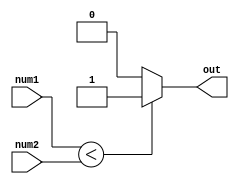
module less_than_comparator(
    input signed [7:0] num1,
    input signed [7:0] num2,
    output reg out
);

always @(*) begin
    if(num1 < num2) begin
        out = 1'b1;
    end else begin
        out = 1'b0;
    end
end

endmodule